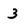
Character: 3